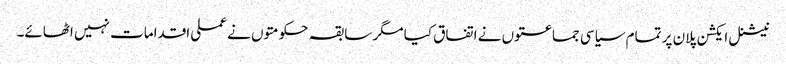
نیشنل ایکشن پلان پر تمام سیاسی جماعتوں نے اتفاق کیا مگر سابقہ حکومتوں نے عملی اقدامات نہیں اٹھائے۔